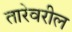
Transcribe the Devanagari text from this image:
तारेवरील